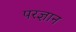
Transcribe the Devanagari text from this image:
परज्ञान